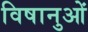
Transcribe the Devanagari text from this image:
विषानुओं